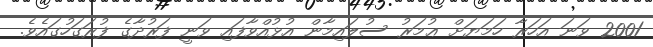
2001 ވަނަ އަހަރާ ހަމަޔަށް ޢުމަރު ސުލައިމާން އުޅުއްވާފައި ވަނީ ފަރުދާގެ ފުރަގަހުގައެވެ.